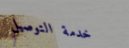
خدمة التوصيل